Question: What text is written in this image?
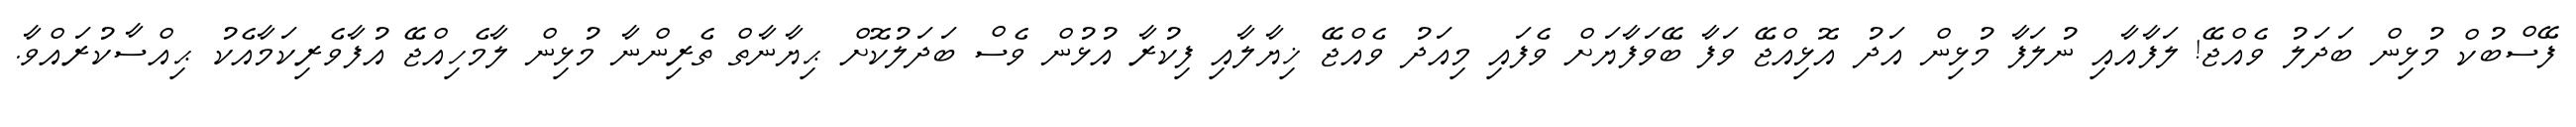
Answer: ފޭސްބުކް މުޅިން ބަދަލު ވެއްޖޭ! ލަފާއާއި ނުލަފާ މުޅިން އަދު އޮޅިއްޖޭ ވަފާ ބޭވަފާޔަށް ވެފައި މިއަދު ވެއްޖޭ ޚިޔާލާއި ފިކުރާ އުޅުން ވެސް ބަދަލުކޮށް ޙިޔާނާތް ތެރިންނާ މުޅިން ލާމެހިއްޖޭ އުފާވެރިކަމާއެކު ޙިއްސާކުރައްވާ.